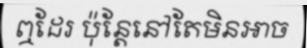
ឮដែរ ប៉ុន្តែនៅតែមិនអាច